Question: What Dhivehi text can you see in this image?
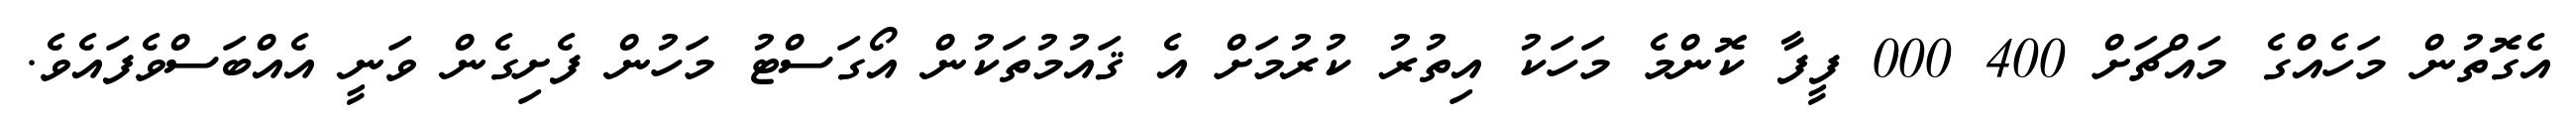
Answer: އެގޮތުން މަހެއްގެ މައްޗަށް 400 000 ފީފާ ކޮންމެ މަހަކު އިތުރު ކުރުމަށް އެ ޤައުމުތަކުން އޯގަސްޓު މަހުން ފެށިގެން ވަނީ އެއްބަސްވެފައެވެ.